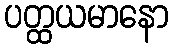
ပတ္ထယမာနော